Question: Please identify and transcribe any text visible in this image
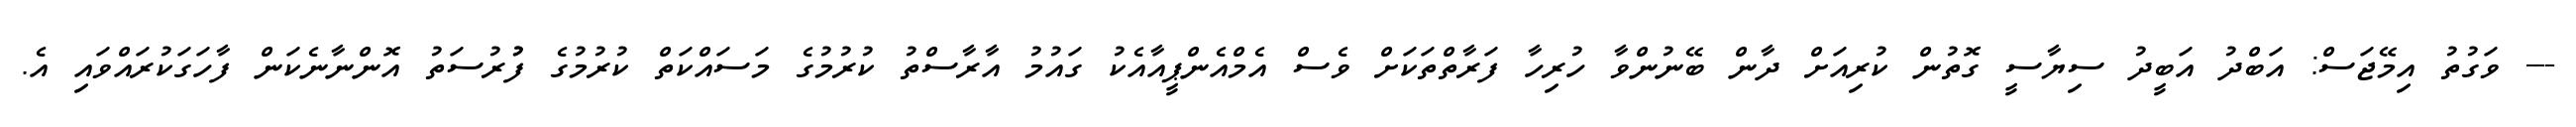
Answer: --- ވަގުތު އިމޭޖަސް: އަބްދު އަބީދު ސިޔާސީ ގޮތުން ކުރިއަށް ދާން ބޭނުންވާ ހުރިހާ ފަރާތްތަކަށް ވެސް އެމްއެންޕީއާއެކު ގައުމު އާރާސްތު ކުރުމުގެ މަސައްކަތް ކުރުމުގެ ފުުރުސަތު އޮންނާނެކަން ފާހަގަކުރައްވައި އެ.